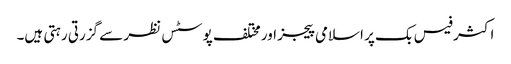
اکثر فیس بک پر اسلامی پیجز اور مختلف پوسٹس نظر سے گزرتی رہتی ہیں۔